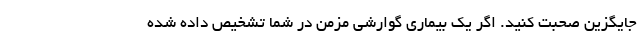
جایگزین صحبت کنید. اگر یک بیماری گوارشی مزمن در شما تشخیص داده شده